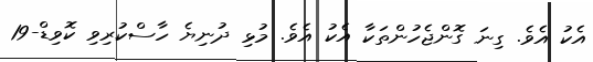
އެކު އެވެ. ގިނަ ގޮންޖެހުންތަކާ އެކު އެވެ. މުޅި ދުނިޔެ ހާސްކުރިވި ކޮވިޑް-19